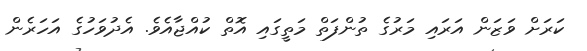
ކަރަށް ވަޒަން އަރައި މަރުގެ ތުންފަތް މަތީގައި އޮތް ކުއްޖާއެވެ. އެދުވަހުގެ އަހަރެން